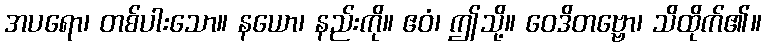
အပရော၊ တစ်ပါးသော။ နယော၊ နည်းကို။ ဧဝံ၊ ဤသို့။ ဝေဒိတဗ္ဗော၊ သိထိုက်၏။